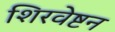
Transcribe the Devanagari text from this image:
शिरवेष्टन